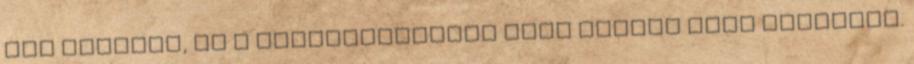
fog találni, de a közvéleménynek erre aligha lesz szüksége.